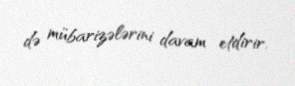
də mübarizələrini davam etdirir.